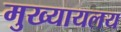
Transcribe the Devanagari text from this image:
मुख्यायलय